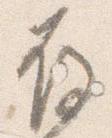
存